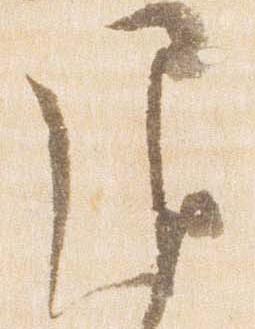
退